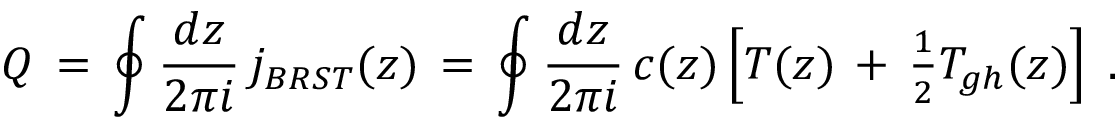
{ \cal Q } \, = \, \oint \frac { d z } { 2 \pi i } \, j _ { B R S T } ( z ) \, = \, \oint \frac { d z } { 2 \pi i } \, c ( z ) \left[ T ( z ) \, + \, \textstyle { \frac { 1 } { 2 } } T _ { g h } ( z ) \right] \; .